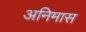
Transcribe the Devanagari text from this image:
अनिमास